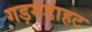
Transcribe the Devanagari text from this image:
गड़गडाहट